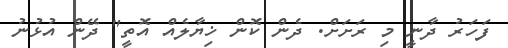
ފަހަރު ދާނީ މި ރަށަށް. ދެން ކޮން ޚިޔާލެއް އޮތީ" ދޭން އުޅުނު